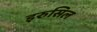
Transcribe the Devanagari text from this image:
इरुसिल